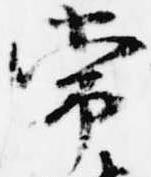
常